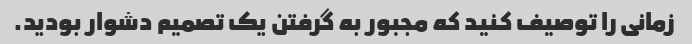
زمانی را توصیف کنید که مجبور به گرفتن یک تصمیم دشوار بودید.